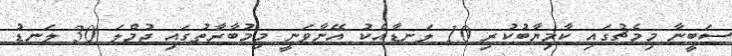
ސަބީނާ މިމެޗުގައި ކާމިޔާބުކުރި 10 ލަނޑާއެކު އޭނާވަނީ މިމުބާރާތުގައި ޖުމްލަ 30 ލަނޑު